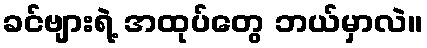
ခင်ဗျားရဲ့ အထုပ်တွေ ဘယ်မှာလဲ။